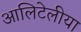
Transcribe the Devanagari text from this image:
आलिटेलीया